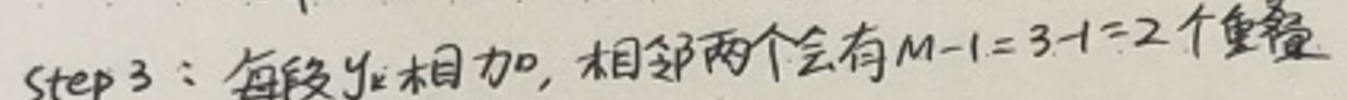
Step 3: Add each segment $y_k$. There will be $M - 1=3 - 1 = 2$ overlaps between adjacent ones.